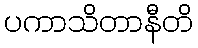
ပကာသိတာနီတိ